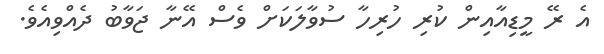
އެ ރޭ މީޑިއާއިން ކުރި ހުރިހާ ސުވާލަކަށް ވެސް އޭނާ ޖަވާބު ދެއްވިއެވެ.